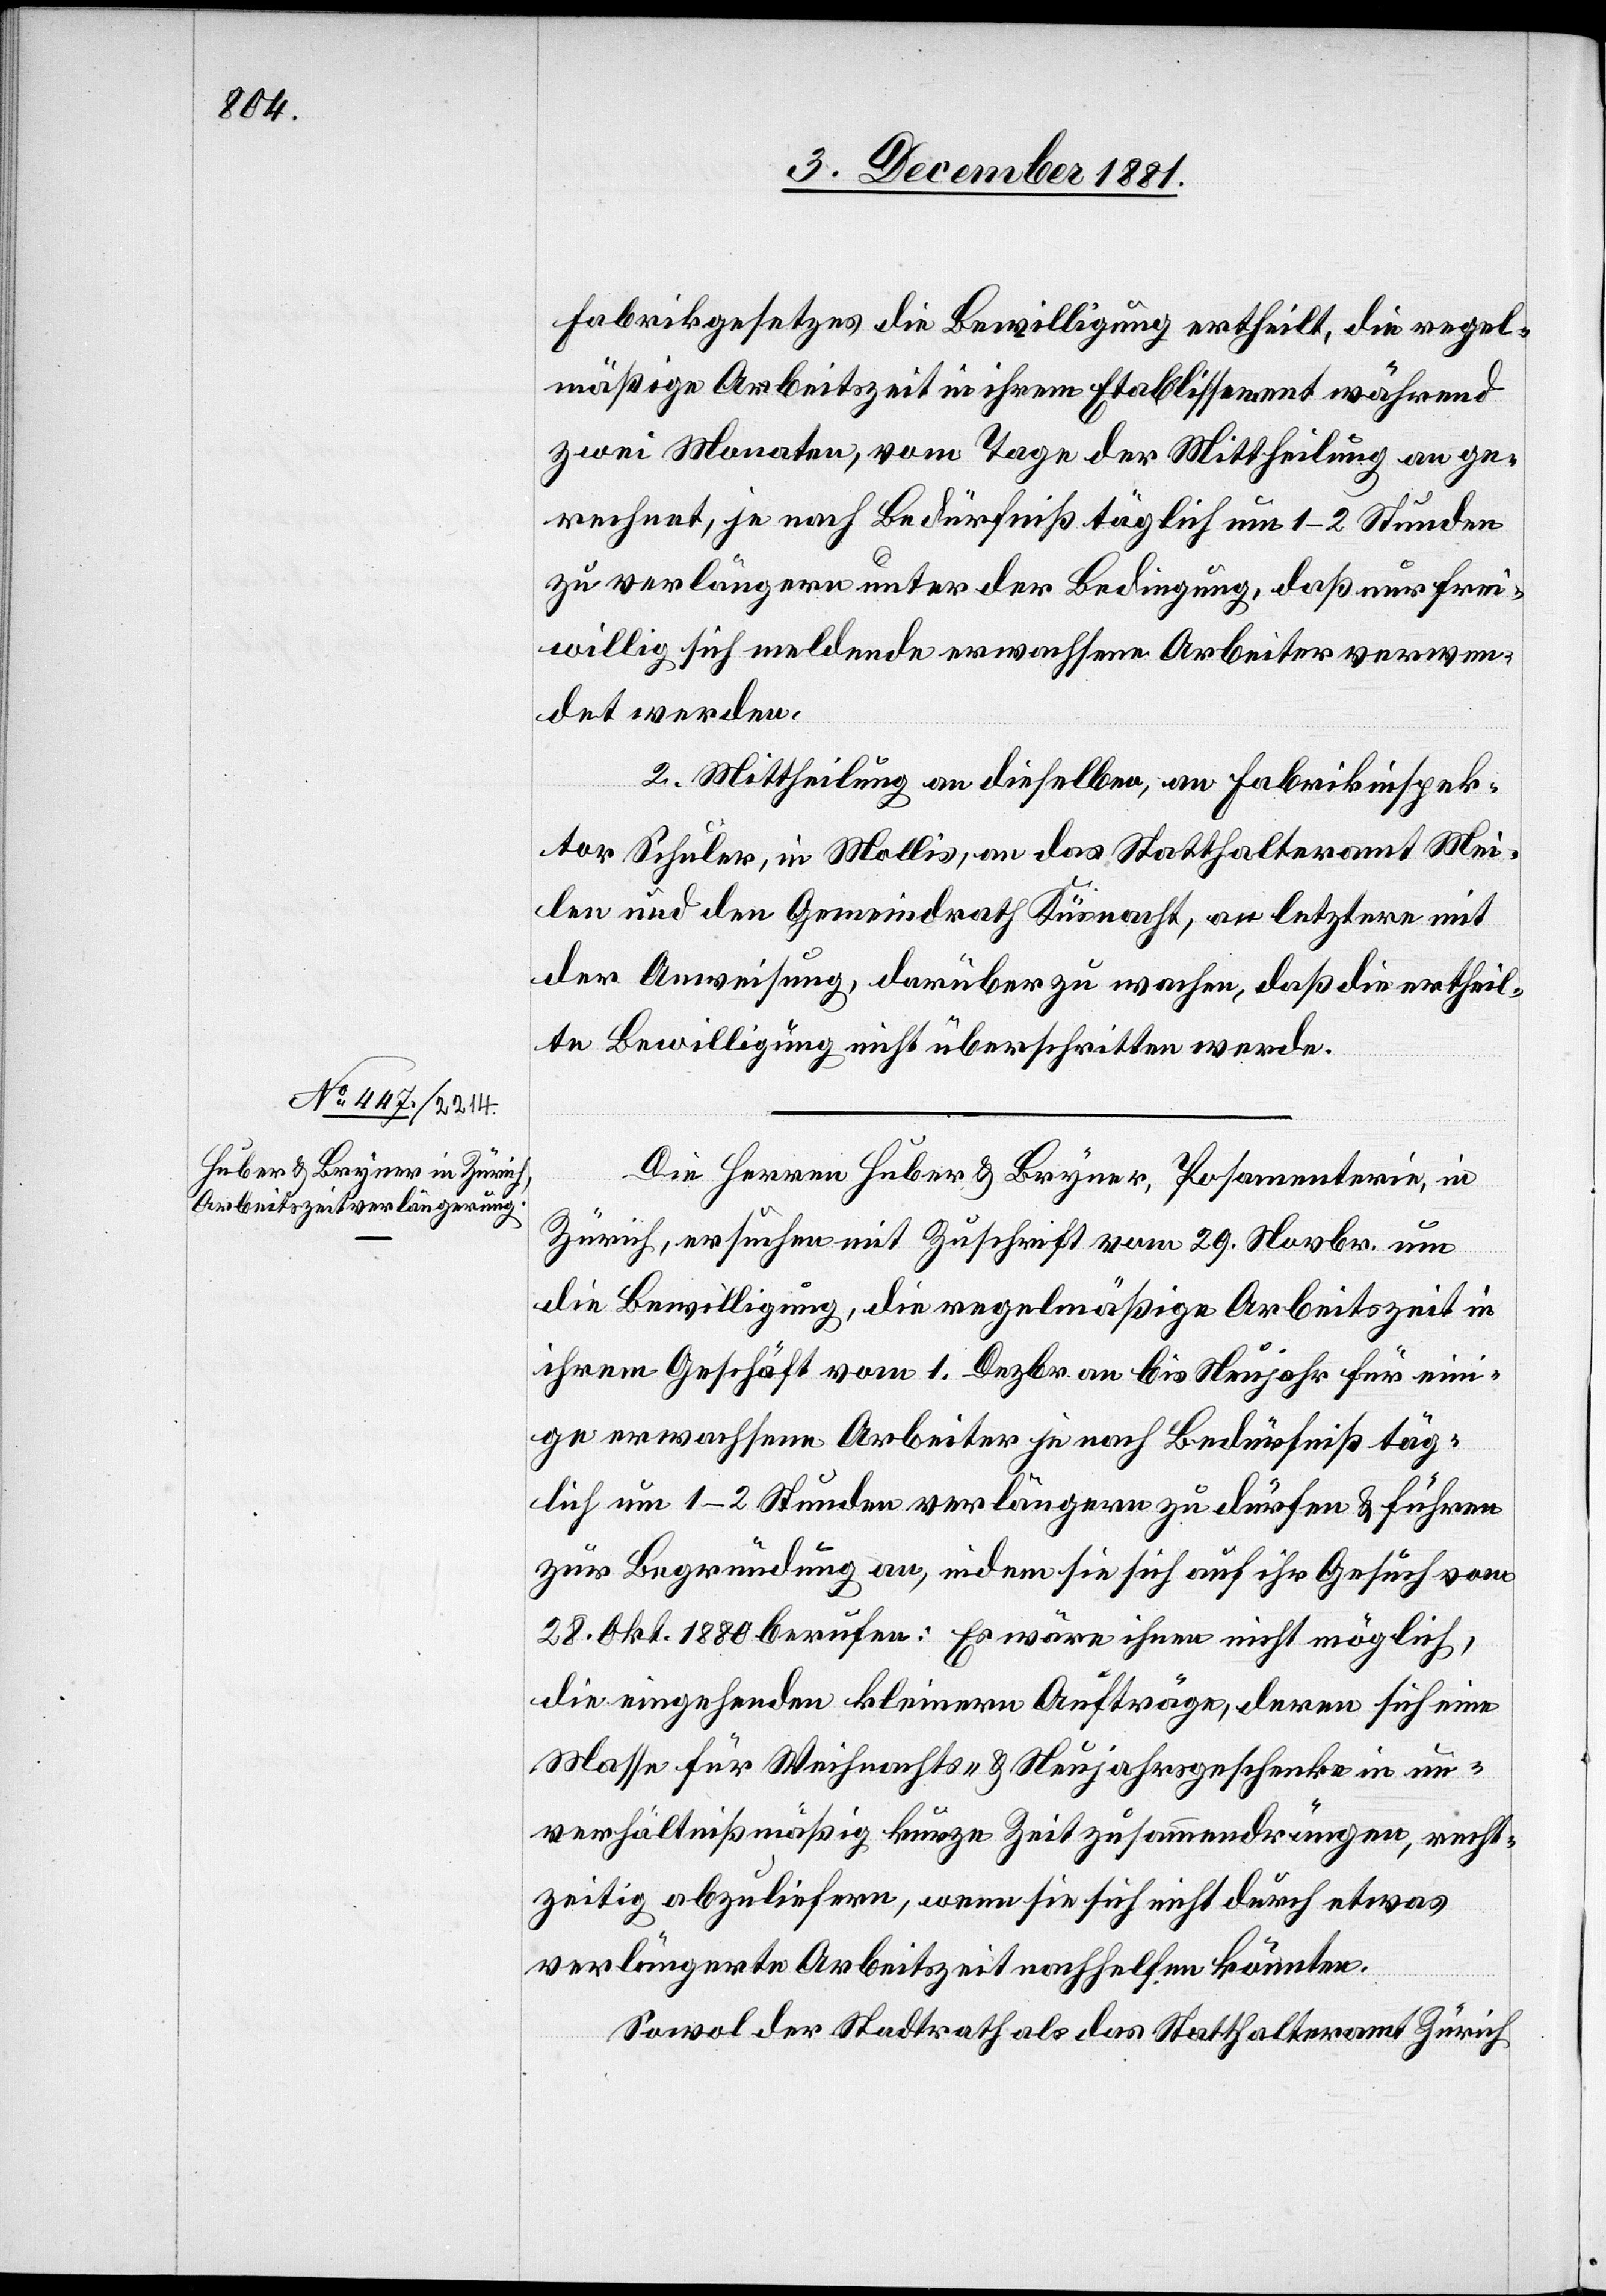
8. December 1881.]
Fabrikgesetzes die Bewilligung ertheilt, die regel¬
mäßige Arbeitszeit in ihrem Etablissement während
zwei Monaten, vom Tage der Mittheilung an ge¬
rechnet, je nach Bedürfniß täglich um 1–2 Stunden
zu verlängern unter der Bedingung, daß nur frei¬
willig sich meldende erwachsene Arbeiter verwen¬
det werden.
2. Mittheilung an dieselben, an Fabrikinspek¬
tor Schuler, in Mollis, an das Statthalteramt Mei¬
len und an den Gemeindrath Küsnacht, an letztere mit
der Anweisung, darüber zu wachen, daß die ertheil¬
te Bewilligung nicht überschritten werde.
Die Herren Huber & Bryner, Posamenterie, in
Zürich, ersuchen mit Zuschrift vom 29. Novbr. um
die Bewilligung, die regelmäßige Arbeitszeit in
ihrem Geschäft vom 1. Dezbr. an bis Neujahr für ein¬
ige erwachsene Arbeiter je nach Bedürfniß täg¬
lich um 1–2 Stunden verlängern zu dürfen & führen
zur Begründung an, indem sie sich auf ihr Gesuch vom
28. Okt. 1880 berufen: Es wäre ihnen nicht möglich,
die eingehenden kleinern Aufträge, deren sich eine
Masse für Weihnachts- & Neujahrsgeschenke in un¬
verhältnißmäßig kurzer Zeit zusammendrängen, recht¬
zeitig abzuliefern, wenn sie sich nicht durch etwas
verlängerte Arbeitszeit nachhelfen könnten.
Sowol der Stadtrath als das Statthalteramt Zürich